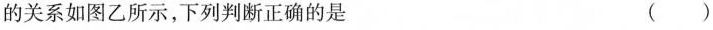
的关系如图乙所示，下列判断正确的是 ( )